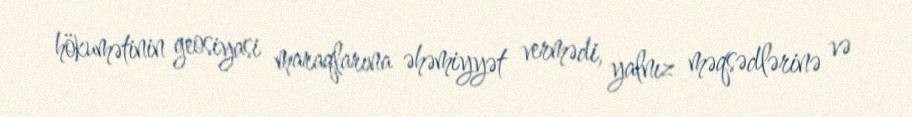
hökumətinin geosiyasi maraqlarına əhəmiyyət vermədi, yalnız məqsədlərinə və